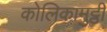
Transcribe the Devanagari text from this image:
कोलिकामुट्ठी